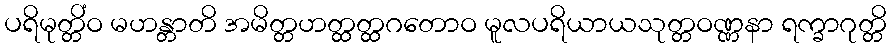
ပရိမုတ္တိံဝ မဟန္တာတိ အမိတ္တဟတ္ထတ္ထဂတောဝ မူလပရိယာယသုတ္တဝဏ္ဏနာ ရက္ခာဂုတ္တိ